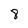
Character: 8